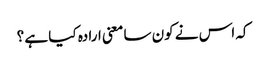
کہ اس نے کون سا معنی ارادہ کیا ہے ؟